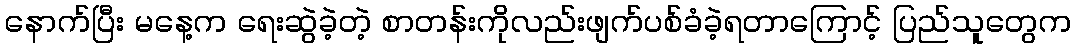
နောက်ပြီး မနေ့က ရေးဆွဲခဲ့တဲ့ စာတန်းကိုလည်းဖျက်ပစ်ခံခဲ့ရတာကြောင့် ပြည်သူတွေက